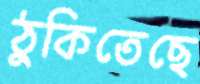
ঠুকিতেছে